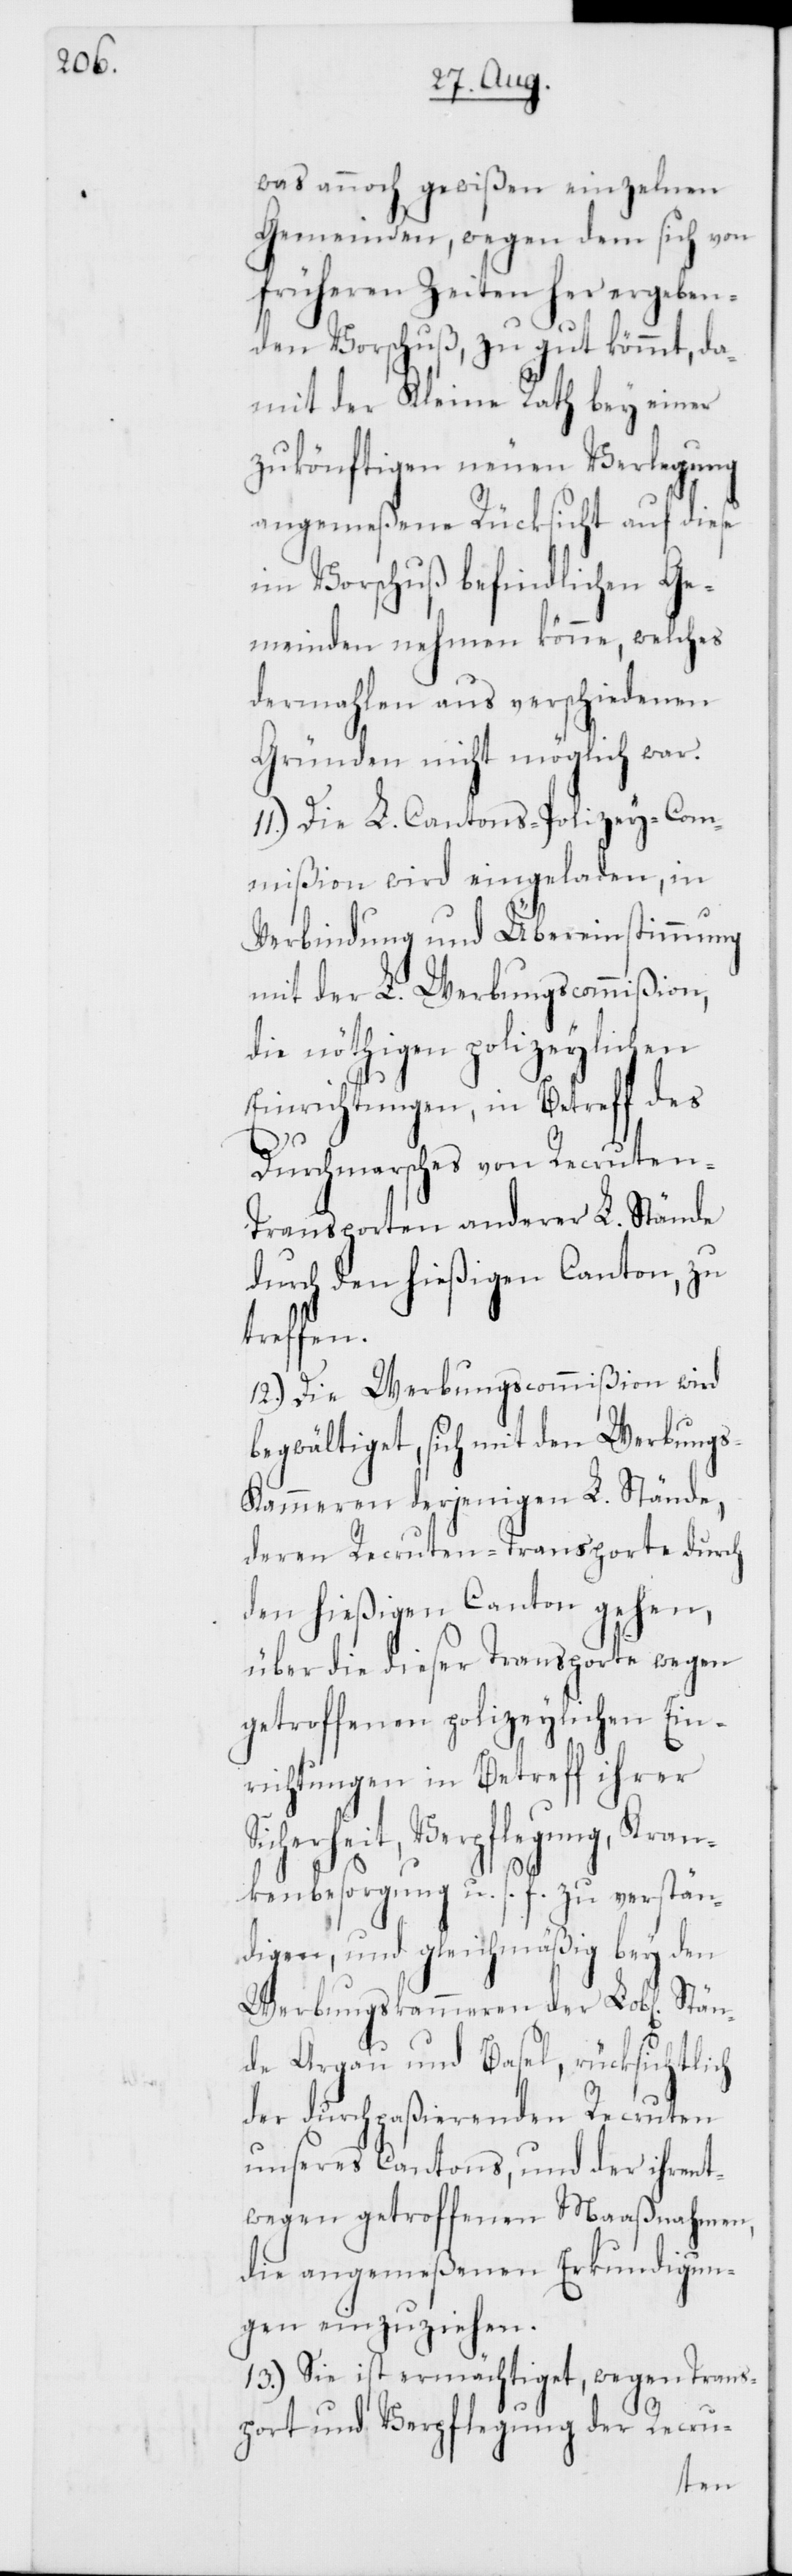
was annoch gewißen einzelnen
Gemeinden, wegen dem sich von
früheren Zeiten her ergeben¬
den Vorschuß, zu gut kömmt, da¬
mit der Kleine Rath bey einer
zukönftigen neuen Verlegung
angemeßene Rücksicht auf diese
im Vorschuß befindlichen Ge¬
meinden nehmen könne, welches
dermahlen aus verschiedenen
Gründen nicht möglich war.
11.) Die L. Cantons-Polizey-Com¬
mißion wird eingeladen, in
Verbindung und Übereinstimmung
mit der L. Werbungscommißion,
die nöthigen polizeylichen
Einrichtungen, in Betreff des
Durchmarsches von Recruten-T¬
ransporten anderer L. Stände
durch den hießigen Canton, zu
treffen.
12.) Die Werbungscommißion wird
begwältiget, sich mit den Werbung¬
s-Kammeren derjenigen L. Stände,
deren Recruten-Transporte durch
den hießigen Canton gehen,
über die dieser Transporte wegen
getroffenen polizeylichen Ein¬
richtungen in Betreff ihrer
Verpflegung, Kran¬
kenbesorgung u. s. f. zu verstän¬
digen, und gleichmäßig bey den
Werbungskammeren der Lobl[ichen]
de Argau und Basel, rücksichtlich
der durchpaßierenden Recruten
unseres Cantons, und der ihrent¬
wegen getroffenen Maaßnahmen,
die angemeßenen Erkundigun¬
gen einzuziehen.
13.) Sie ist ermächtiget, wegen Trans¬
port und Verpflegung der Recru-
Stän¬